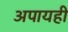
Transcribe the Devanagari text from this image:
अपायही